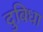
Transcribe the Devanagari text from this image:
दुबिधा